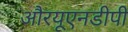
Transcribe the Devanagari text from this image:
औरयूएनडीपी